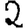
Digit: 2